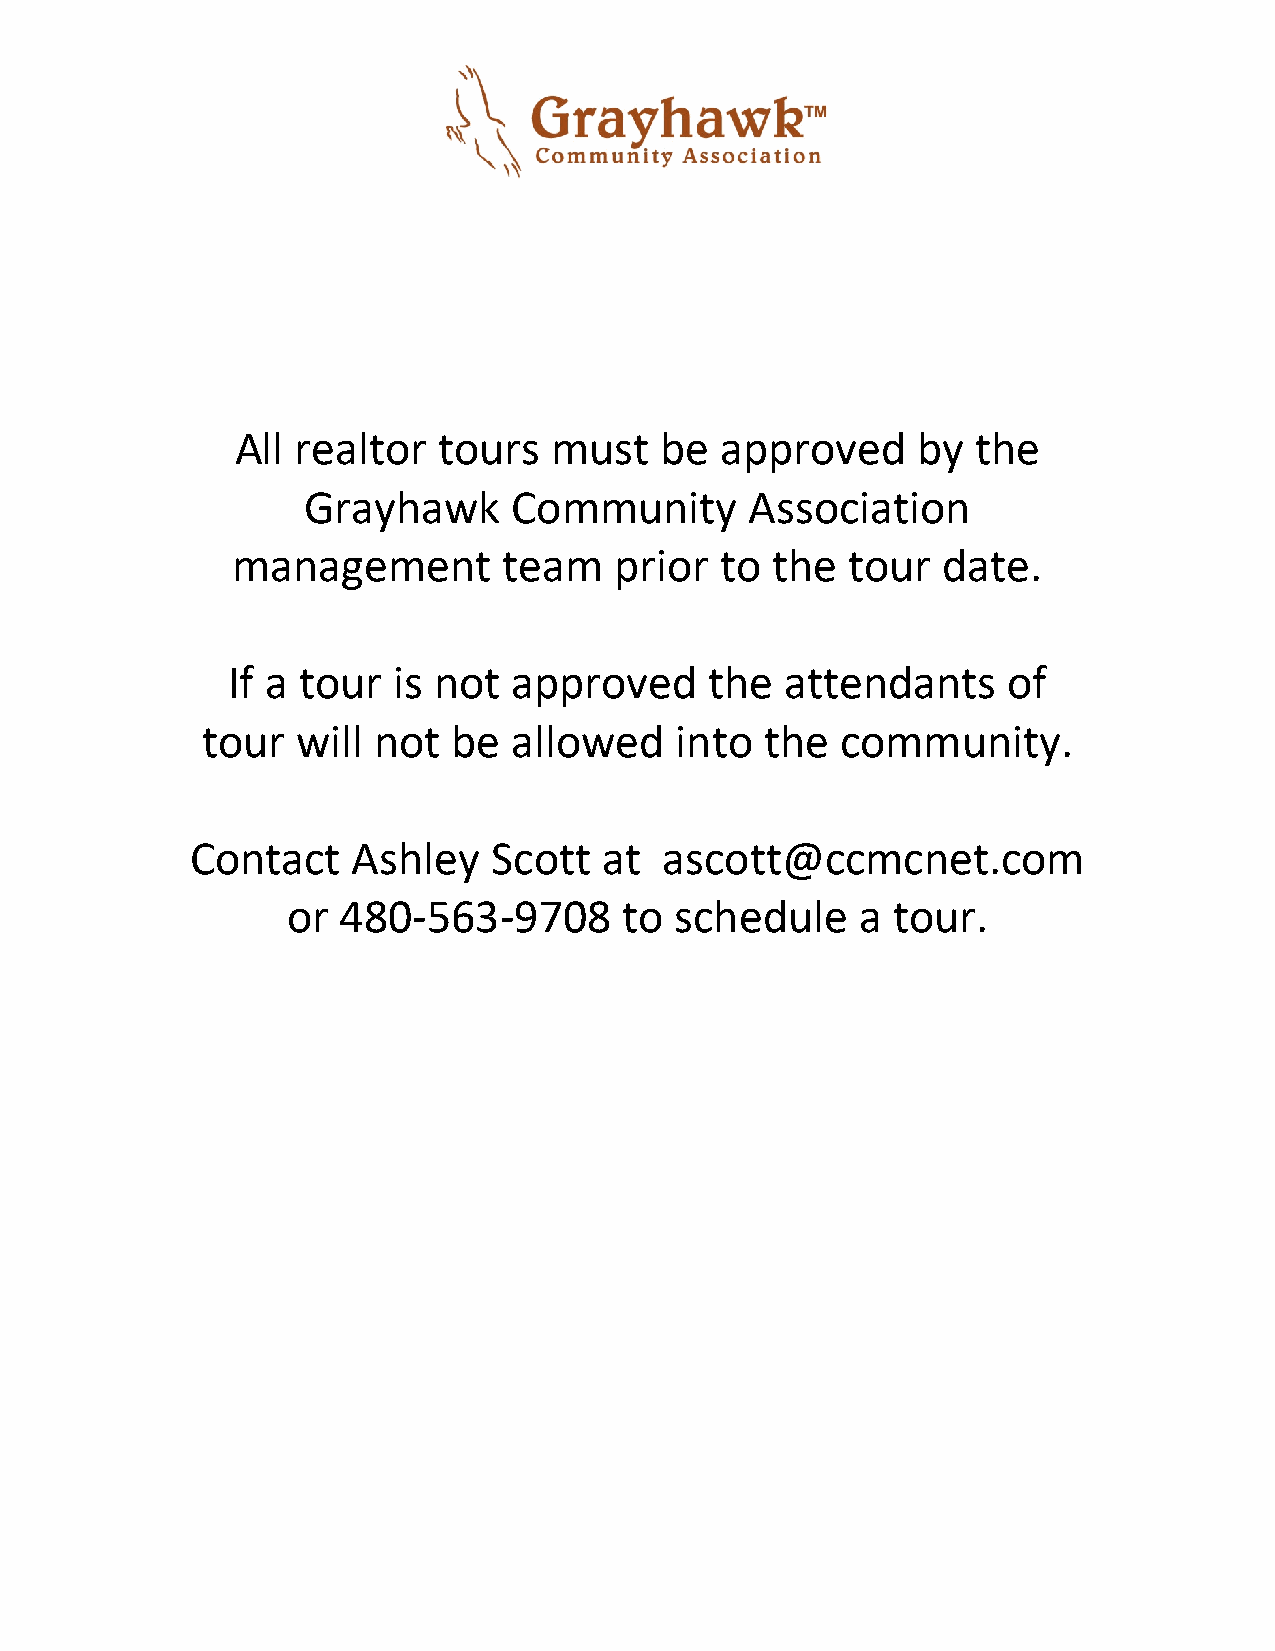
All realtor  tours   must   be  approved     by  the
 Grayhawk      Community       Association
 management        team    prior  to the  tour  date.
 If a tour  is not  approved     the  attendants     of
 tour   will not  be  allowed    into  the  community.
 Contact   Ashley    Scott  at  ascott@ccmcnet.com
 or 480-563-9708       to  schedule    a tour.